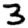
Digit: 3